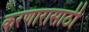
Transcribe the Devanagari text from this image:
करणारासाठी